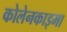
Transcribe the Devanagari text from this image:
कोलेनकाइमा